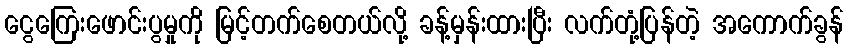
ငွေကြေးဖောင်းပွမှုကို မြင့်တက်စေတယ်လို့ ခန့်မှန်းထားပြီး လက်တုံ့ပြန်တဲ့ အကောက်ခွန်